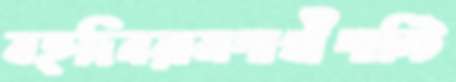
বহুদিনরামপাখীপাল্টি